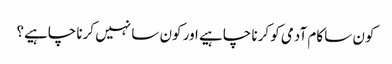
کون سا کام آدمی کو کرنا چاہیے اور کون سا نہیں کرنا چاہیے؟